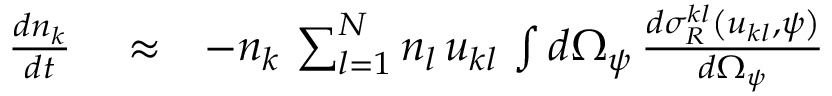
\begin{array} { r l r } { \frac { d n _ { k } } { d t } } & { { } \approx } & { - n _ { k } \, \sum _ { l = 1 } ^ { N } n _ { l } \, u _ { k l } \, \int d \Omega _ { \psi } \, \frac { d \sigma _ { R } ^ { k l } \left( u _ { k l } , \psi \right) } { d \Omega _ { \psi } } } \end{array}